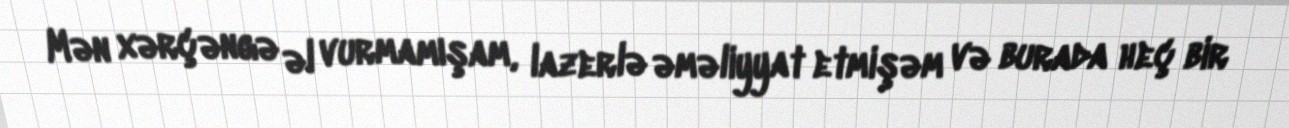
Mən xərçəngə əl vurmamışam, lazerlə əməliyyat etmişəm və burada heç bir